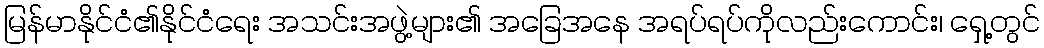
မြန်မာနိုင်ငံ၏နိုင်ငံရေး အသင်းအဖွဲ့များ၏ အခြေအနေ အရပ်ရပ်ကိုလည်းကောင်း၊ ရှေ့တွင်